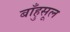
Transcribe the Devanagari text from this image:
बाँहुसूल